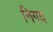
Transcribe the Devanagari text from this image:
निगद